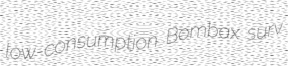
low-consumption Bombax surv